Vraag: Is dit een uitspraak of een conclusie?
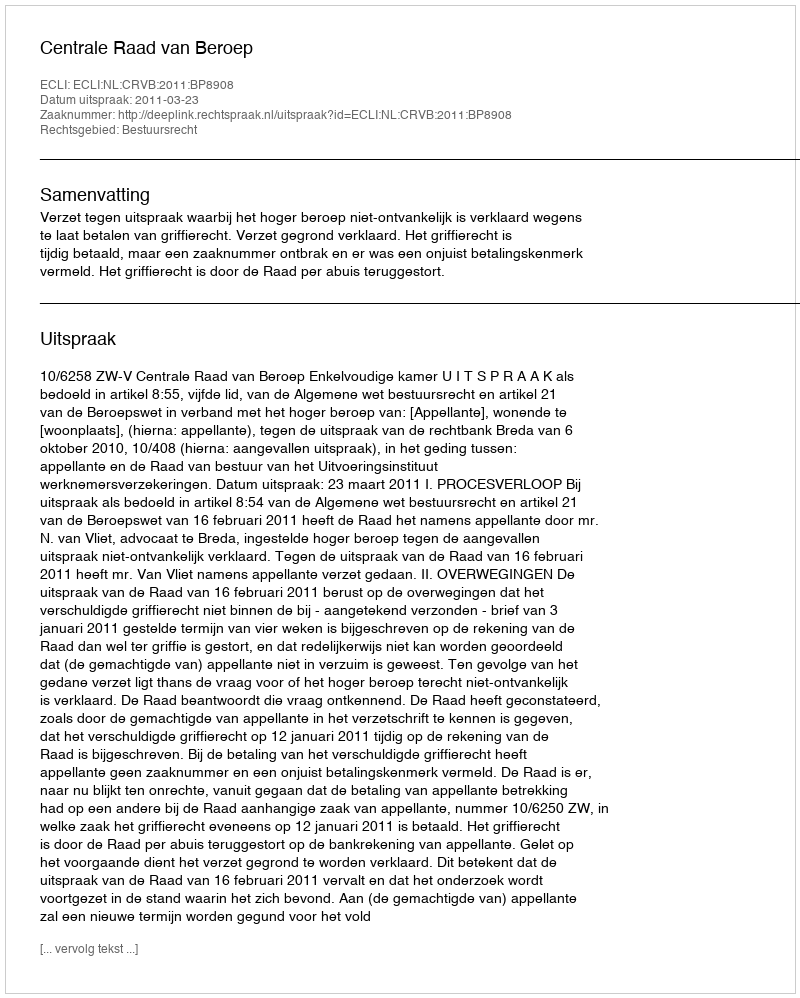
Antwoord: Uitspraak